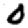
Digit: 0